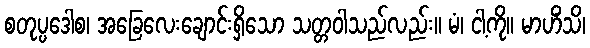
စတုပ္ပဒေါစ၊ အခြေလေးချောင်းရှိသော သတ္တဝါသည်လည်း။ မံ၊ ငါ့ကို။ မာဟိံသိ၊